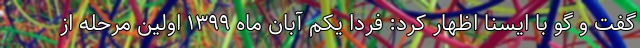
گفت و گو با ایسنا اظهار کرد: فردا یکم آبان ماه ۱۳۹۹ اولین مرحله از